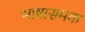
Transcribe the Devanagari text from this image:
भाषासमक